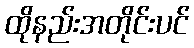
ထိုနည်းအတိုင်းပင်